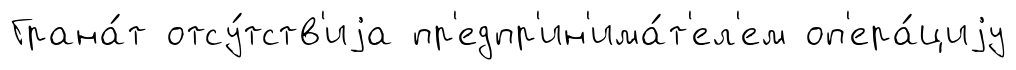
Грана́т отсу́тств'иjа пр'едпр'ин'има́т'ел'ем оп'ера́циjу